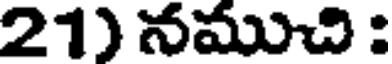
21) నముచి :